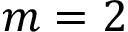
m = 2